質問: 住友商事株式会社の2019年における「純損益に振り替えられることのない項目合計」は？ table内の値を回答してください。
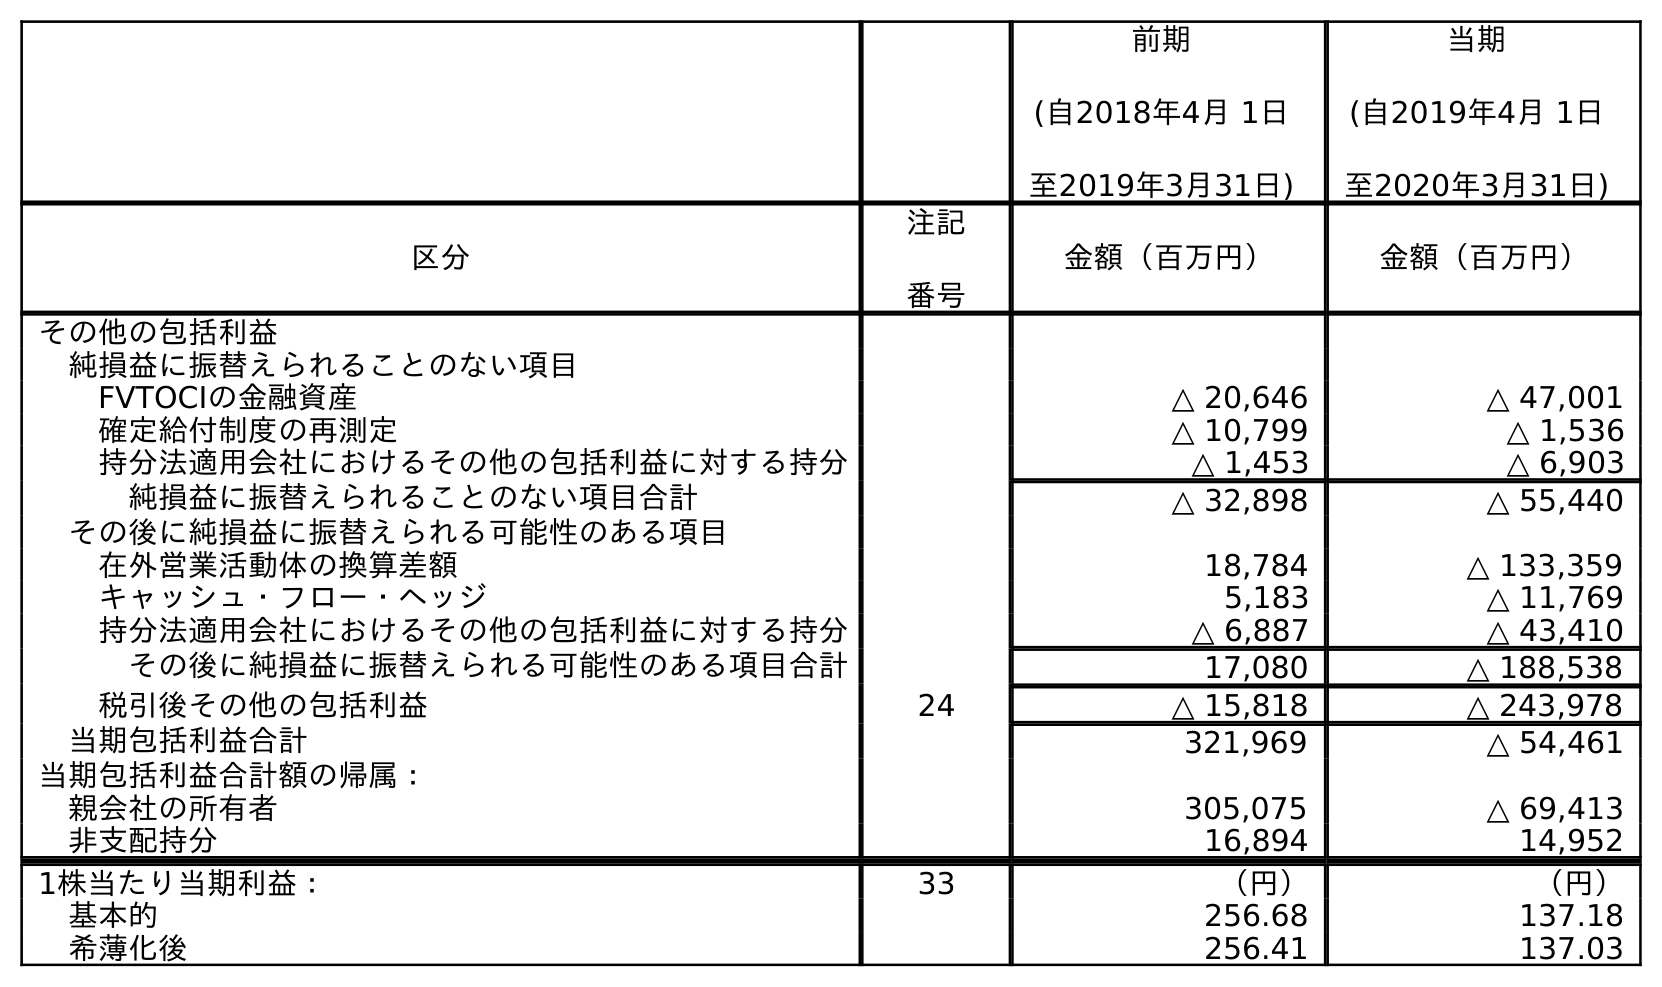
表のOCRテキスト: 前期 (自2018年4月 1日 至2019年3月31日) 当期 (自2019年4月 1日 至2020年3月31日) 区分 注記 番号 金額（百万円） 金額（百万円） その他の包括利益 純損益に振替えられることのない項目 FVTOCIの金融資産 △ 20,646 △ 47,001 確定給付制度の再測定 △ 10,799 △ 1,536 持分法適用会社におけるその他の包括利益に対する持分 △ 1,453 △ 6,903 純損益に振替えられることのない項目合計 △ 32,898 △ 55,440 その後に純損益に振替えられる可能性のある項目 在外営業活動体の換算差額 18,784 △ 133,359 キャッシュ・フロー・ヘッジ 5,183 △ 11,769 持分法適用会社におけるその他の包括利益に対する持分 △ 6,887 △ 43,410 その後に純損益に振替えられる可能性のある項目合計 17,080 △ 188,538 税引後その他の包括利益 24 △ 15,818 △ 243,978 当期包括利益合計 321,969 △ 54,461 当期包括利益合計額の帰属： 親会社の所有者 305,075 △ 69,413 非支配持分 16,894 14,952 1株当たり当期利益： 33 （円） （円） 基本的 256.68 137.18 希薄化後 256.41 137.03
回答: △32,898